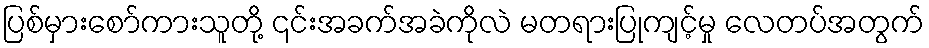
ပြစ်မှားစော်ကားသူတို့ ၎င်းအခက်အခဲကိုလဲ မတရားပြုကျင့်မှု လေတပ်အတွက်